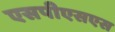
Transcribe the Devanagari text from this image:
एसपीएसएस